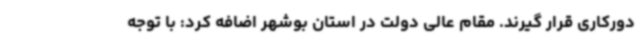
دورکاری قرار گیرند. مقام عالی دولت در استان بوشهر اضافه کرد: با توجه